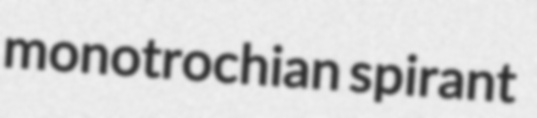
monotrochian spirant